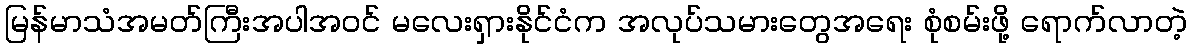
မြန်မာသံအမတ်ကြီးအပါအဝင် မလေးရှားနိုင်ငံက အလုပ်သမားတွေအရေး စုံစမ်းဖို့ ရောက်လာတဲ့